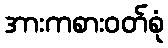
အားကစားဝတ်စုံ